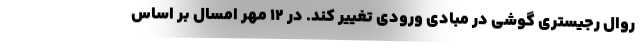
روال رجیستری گوشی در مبادی ورودی تغییر کند. در ۱۲ مهر امسال بر اساس